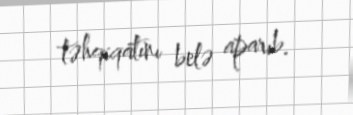
təhqiqatını belə aparıb.